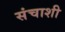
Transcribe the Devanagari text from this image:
संचाशी